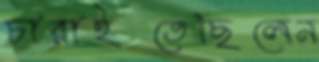
চারাইতেছিলেন